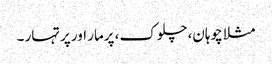
مثلا چوہان، چلوک، پرمار اور پرتہار ۔